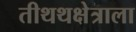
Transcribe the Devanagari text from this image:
तीथथक्षेत्राला